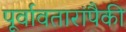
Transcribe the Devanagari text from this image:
पूर्वावतारांपैकी